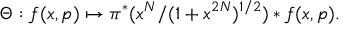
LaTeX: \Theta : f ( x , p ) \mapsto \pi ^ { * } ( x ^ { N } / ( 1 + x ^ { 2 N } ) ^ { { 1 / 2 } } ) * f ( x , p ) .